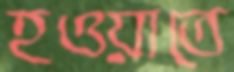
হওয়াতে